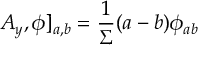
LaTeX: A _ { y } , \phi ] _ { a , b } = \frac { 1 } { \Sigma } ( a - b ) \phi _ { a b }